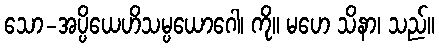
သော-အပ္ပိယေဟိသမ္ပယောဂေါ၊ ကို။ မဟေ သိနာ၊ သည်။